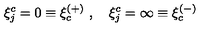
\xi _ { j } ^ { c } = 0 \equiv \xi _ { c } ^ { ( + ) } \ , \quad \xi _ { j } ^ { c } = \infty \equiv \xi _ { c } ^ { ( - ) } \quad